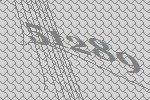
51289